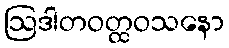
ဩဒါတဝတ္ထဝသနော